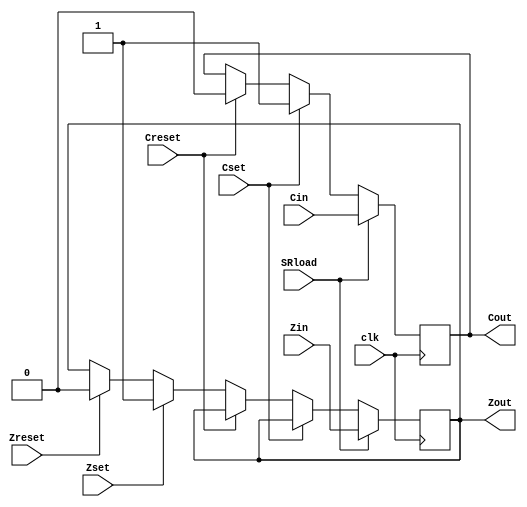
module StatusRegister (Cin, Zin, SRload, clk, Cset, Creset, Zset, Zreset, Cout, Zout);
input Cin, Zin, Cset, Creset, Zset, Zreset;
input SRload, clk;
output Cout, Zout;
reg Cout, Zout;

	always @(posedge clk) 
		if (SRload == 1) begin
			Cout = Cin;
			Zout = Zin;
		end else if (Cset)
			Cout = 1;
		else if (Creset)
			Cout = 0;
		else if (Zset)
			Zout = 1;
		else if (Zreset)
			Zout = 0;

endmodule